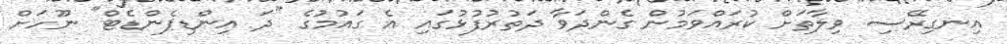
އިނގިރޭސި ވިލާތަށް ކުރައްވަމުން ގެންދަވާ ދަތުރުފުޅުގައި އެ ގައުމުގެ "ދަ އިންޑިޕެންޑެޓް" ނޫހަށް